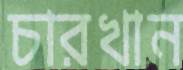
চারখান